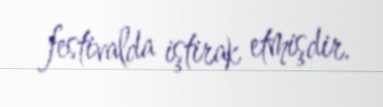
festivalda iştirak etmişdir.